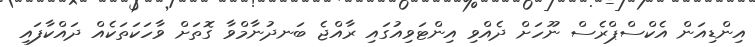
އިންޑިއަން އެކްސްޕްރެސް ނޫހަށް ދެއްވި އިންޓަވިއުގައި ރާއްޖެ ބަނދުނާމްވާ ގޮތަށް ވާހަކަތަކެއް ދައްކާފައި